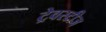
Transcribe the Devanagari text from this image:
ट्रेवस्टीज